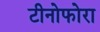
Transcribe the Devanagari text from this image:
टीनोफोरा